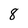
Character: 8